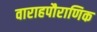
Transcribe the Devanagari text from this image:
वाराहपौराणिक